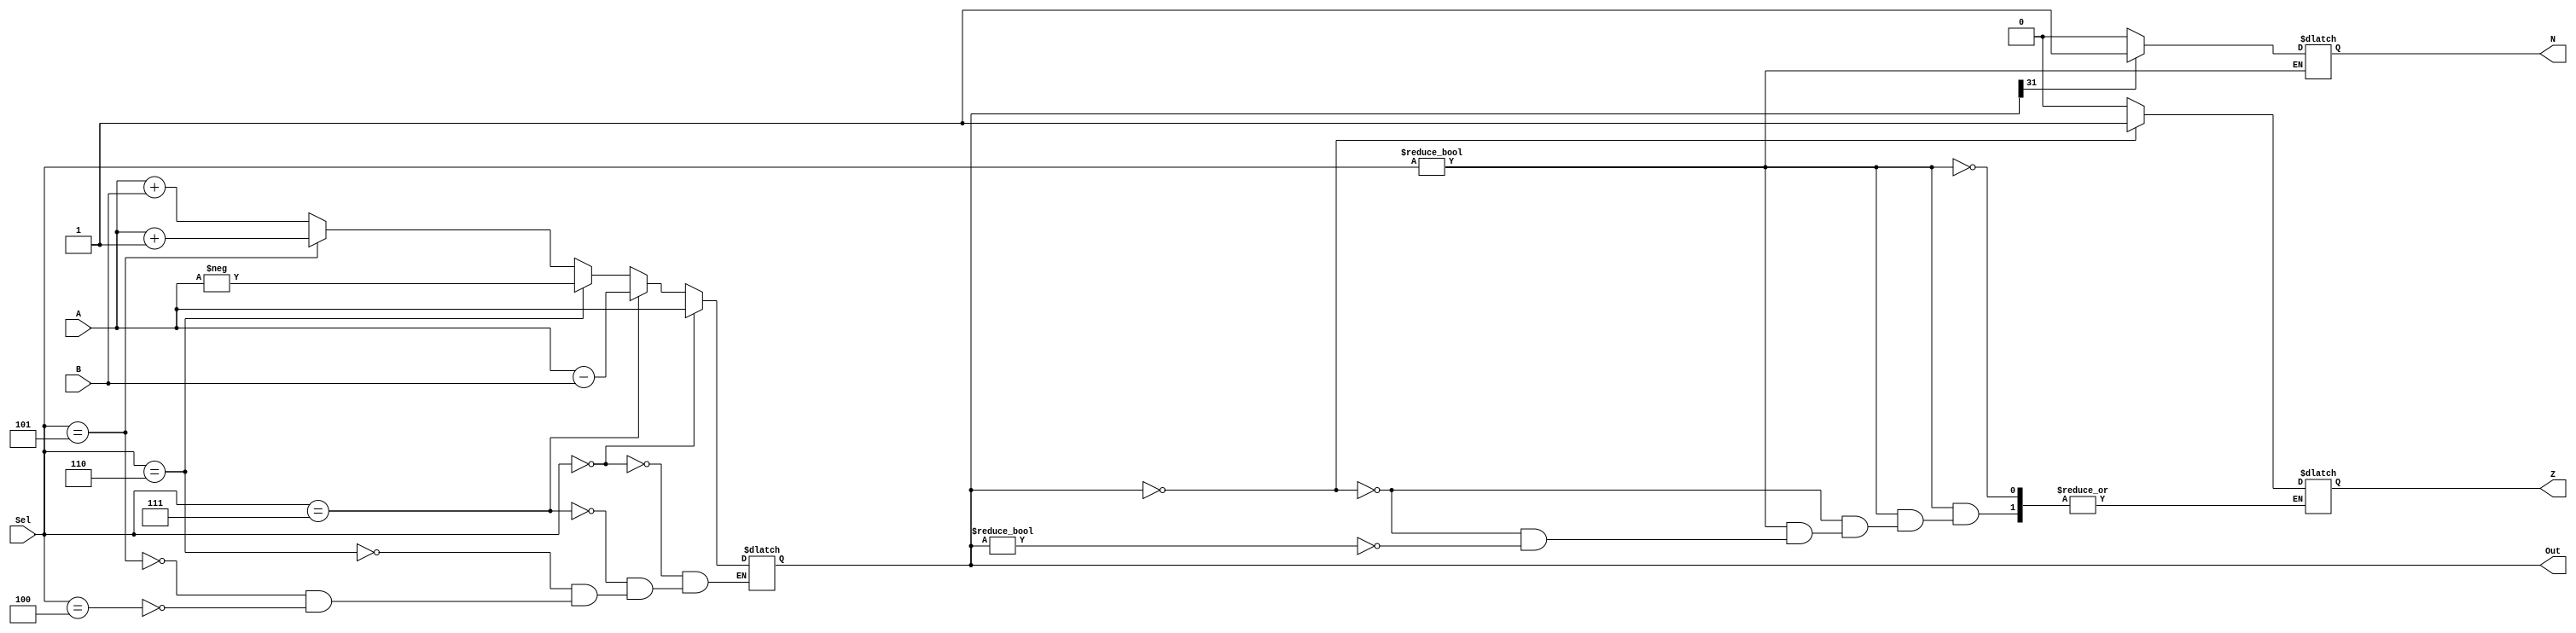
`timescale 1ns / 1ps
//////////////////////////////////////////////////////////////////////////////////
// Company: 
// Engineer: 
// 
// Design Name: 
// Module Name: ALU
// Project Name: 
// Target Devices: 
// Tool Versions: 
// Description: 
// 
// Dependencies: 
// 
// Revision:
// Revision 0.01 - File Created
// Additional Comments:
// 
//////////////////////////////////////////////////////////////////////////////////
module alu(A, B, Sel, Out, N, Z);
	input [31:0] A, B;
	input [3:0] Sel;
	output reg [31:0] Out;
	output reg N, Z;
	
	always@(A, B, Sel)
	begin
		if(Sel == 4'b0100) //add
			Out = A + B;
		if(Sel == 4'b0101) //increment
			Out = A + 1;
		if(Sel == 4'b0110) //negate
			Out = - A;
		if(Sel == 4'b0111) //subtract
			Out = A - B;
		if(Sel == 4'b0000) //no op (pass value)
			Out = A;
	end
	
	always@(Out)
	begin
		if(Sel != 4'b0000) //if selector is not pass value
			begin
			if(Out == 0)
				Z = 1;
			else if(Out !=0)
				Z = 0;
			if(Out[31] == 1)
				N = 1;
			else if(Out[31] == 0)
				N = 0;
			end
	end
endmodule